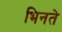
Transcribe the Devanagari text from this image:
भिनते